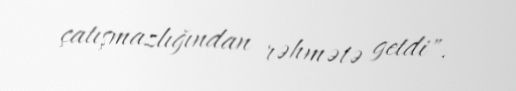
çatışmazlığından rəhmətə getdi".